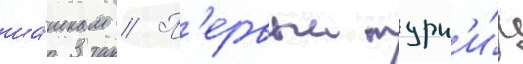
ша́шкам // П'ервыи турн'и́р